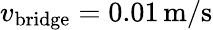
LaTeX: v_{\mathrm{bridge}}=0.01\, \mathrm{m}/\mathrm{s}